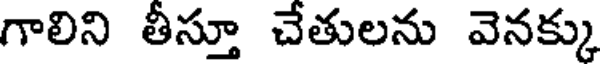
గాలిని తీస్తూ చేతులను వెనక్కు